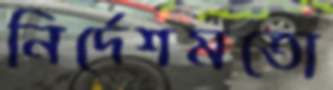
নির্দেশমতো